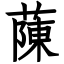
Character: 蔯